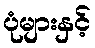
ပုံများနှင့်